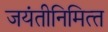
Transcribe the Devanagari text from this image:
जयंतीनिमित्‍त